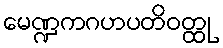
မေဏ္ဍကဂဟပတိဝတ္ထု